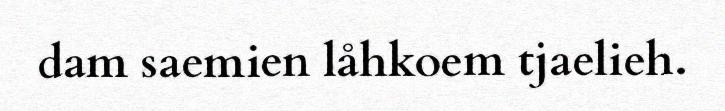
dam saemien låhkoem tjaelieh.